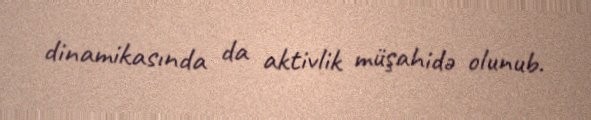
dinamikasında da aktivlik müşahidə olunub.